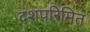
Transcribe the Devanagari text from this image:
दशपरिमित